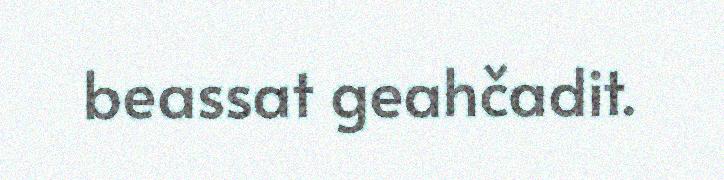
beassat geahčadit.